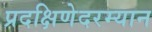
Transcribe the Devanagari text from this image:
प्रदक्षिणेदरम्यान